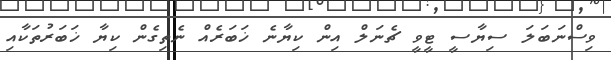
ވިސްނަބަލަ ސިޔާސީ ޓީވީ ޗެނަލް އިން ކިޔާނެ ޚަބަރެއް ނެތިގެން ކިޔާ ޚަބަރުތަކާއި